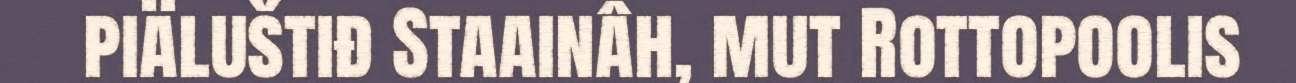
piäluštiđ Staainâh, mut Rottopoolis